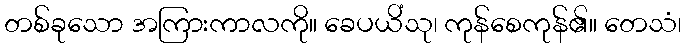
တစ်ခုသော အကြားကာလကို။ ခေပယိံသု၊ ကုန်စေကုန်၏။ တေသံ၊